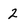
Character: 2